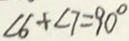
\angle 6 + \angle 7 = 9 0 ^ { \circ }